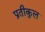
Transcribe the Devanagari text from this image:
प्रतीकुल